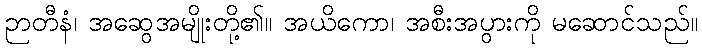
ဉာတီနံ၊ အဆွေအမျိုးတို့၏။ အယိကော၊ အစီးအပွားကို မဆောင်သည်။